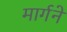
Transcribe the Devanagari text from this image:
मार्गने